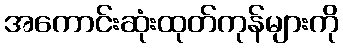
အကောင်းဆုံးထုတ်ကုန်များကို